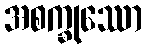
အစက္ခုဿော